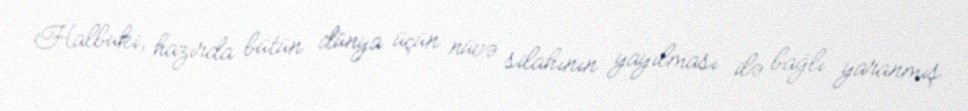
Halbuki, hazırda bütün dünya üçün nüvə silahının yayılması ilə bağlı yaranmış